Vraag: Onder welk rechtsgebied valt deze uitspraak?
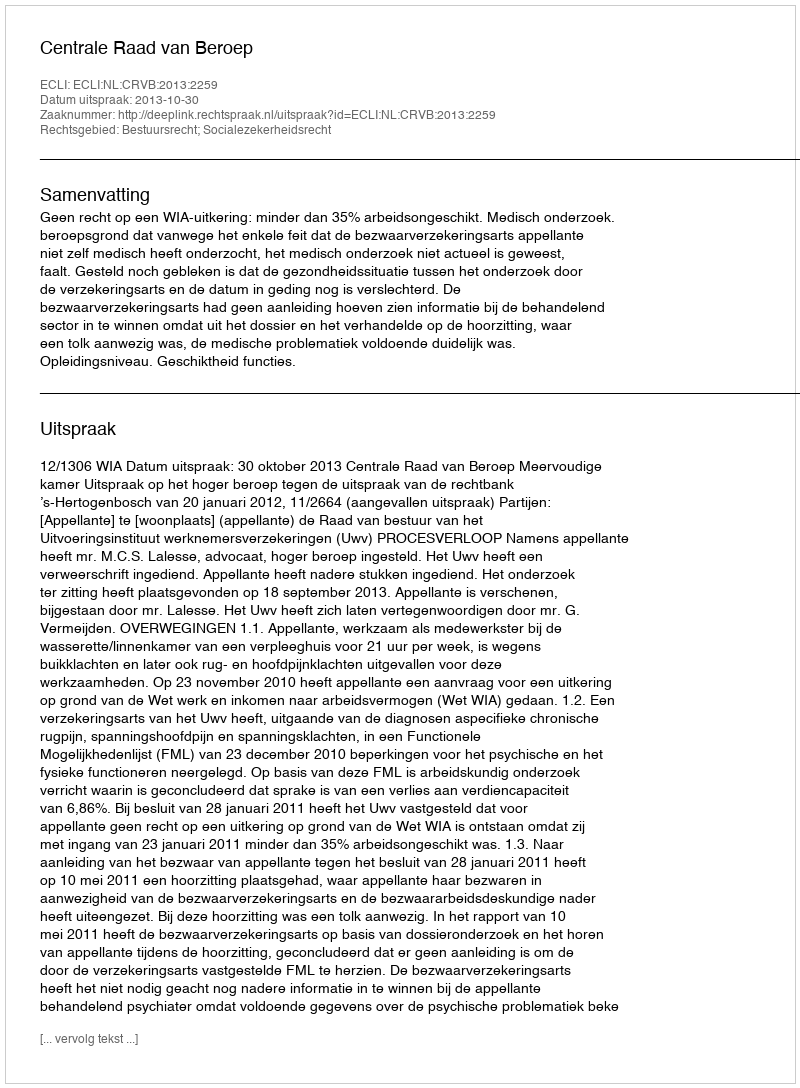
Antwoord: Bestuursrecht; Socialezekerheidsrecht